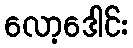
လော့ဒေါင်း